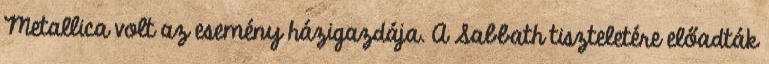
Metallica volt az esemény házigazdája. A Sabbath tiszteletére előadták